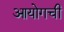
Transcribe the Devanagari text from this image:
आयोगची